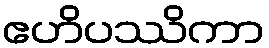
ဧဟိပဿိကာ